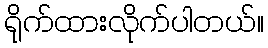
ရိုက်ထားလိုက်ပါတယ်။